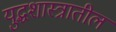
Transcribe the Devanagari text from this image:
युद्धशास्त्रातील